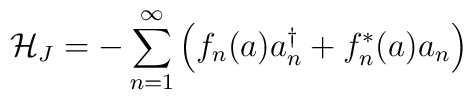
{\cal H}_J =  -\sum_{n=1}^\infty \left( f_n(a) a_n^\dagger + f_n^*(a) a_n \right)